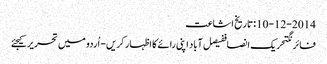
10-12-2014 :تاریخ اشاعت
فائرنگتحریک انصاففیصل آباد اپنی رائے کا اظہار کریں - اُردو میں تحریر کیجئے